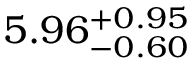
5 . 9 6 _ { - 0 . 6 0 } ^ { + 0 . 9 5 }